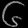
Digit: ၆